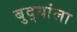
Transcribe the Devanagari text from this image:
बुद्धांला